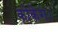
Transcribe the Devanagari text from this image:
कोकेग।